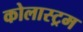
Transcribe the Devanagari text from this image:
कोलास्ट्रम